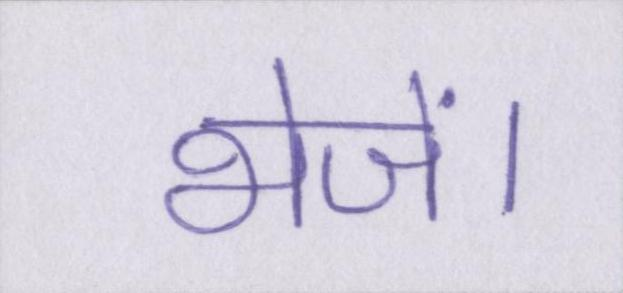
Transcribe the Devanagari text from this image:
भेजें।